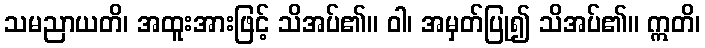
သမညာယတိ၊ အထူးအားဖြင့် သိအပ်၏။ ဝါ၊ အမှတ်ပြု၍ သိအပ်၏။ ဣတိ၊